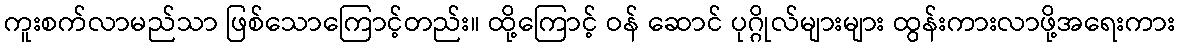
ကူးစက်လာမည်သာ ဖြစ်သောကြောင့်တည်း။ ထို့ကြောင့် ဝန် ဆောင် ပုဂ္ဂိုလ်များများ ထွန်းကားလာဖို့အရေးကား